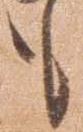
も